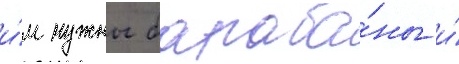
и́м нужны бараба́ны и́